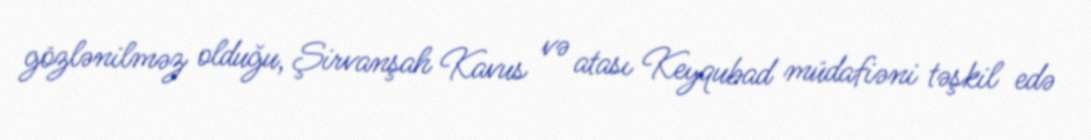
gözlənilməz olduğu, Şirvanşah Kavus və atası Keyqubad müdafiəni təşkil edə